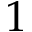
1